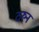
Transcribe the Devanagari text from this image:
ठरुन